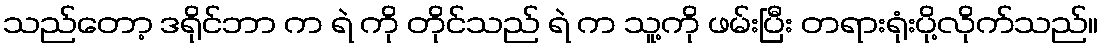
သည်တော့ ဒရိုင်ဘာ က ရဲ ကို တိုင်သည် ရဲ က သူ့ကို ဖမ်းပြီး တရားရုံးပို့လိုက်သည်။